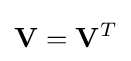
\mathbf {V} =\mathbf {V} ^{T}\,\!